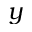
y